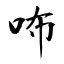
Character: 咘